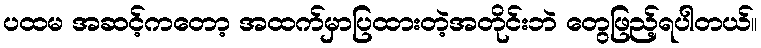
ပထမ အဆင့်ကတော့ အထက်မှာပြထားတဲ့အတိုင်းဘဲ တွေဖြည့်ရပါတယ်။